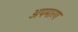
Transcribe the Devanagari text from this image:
अपमारग